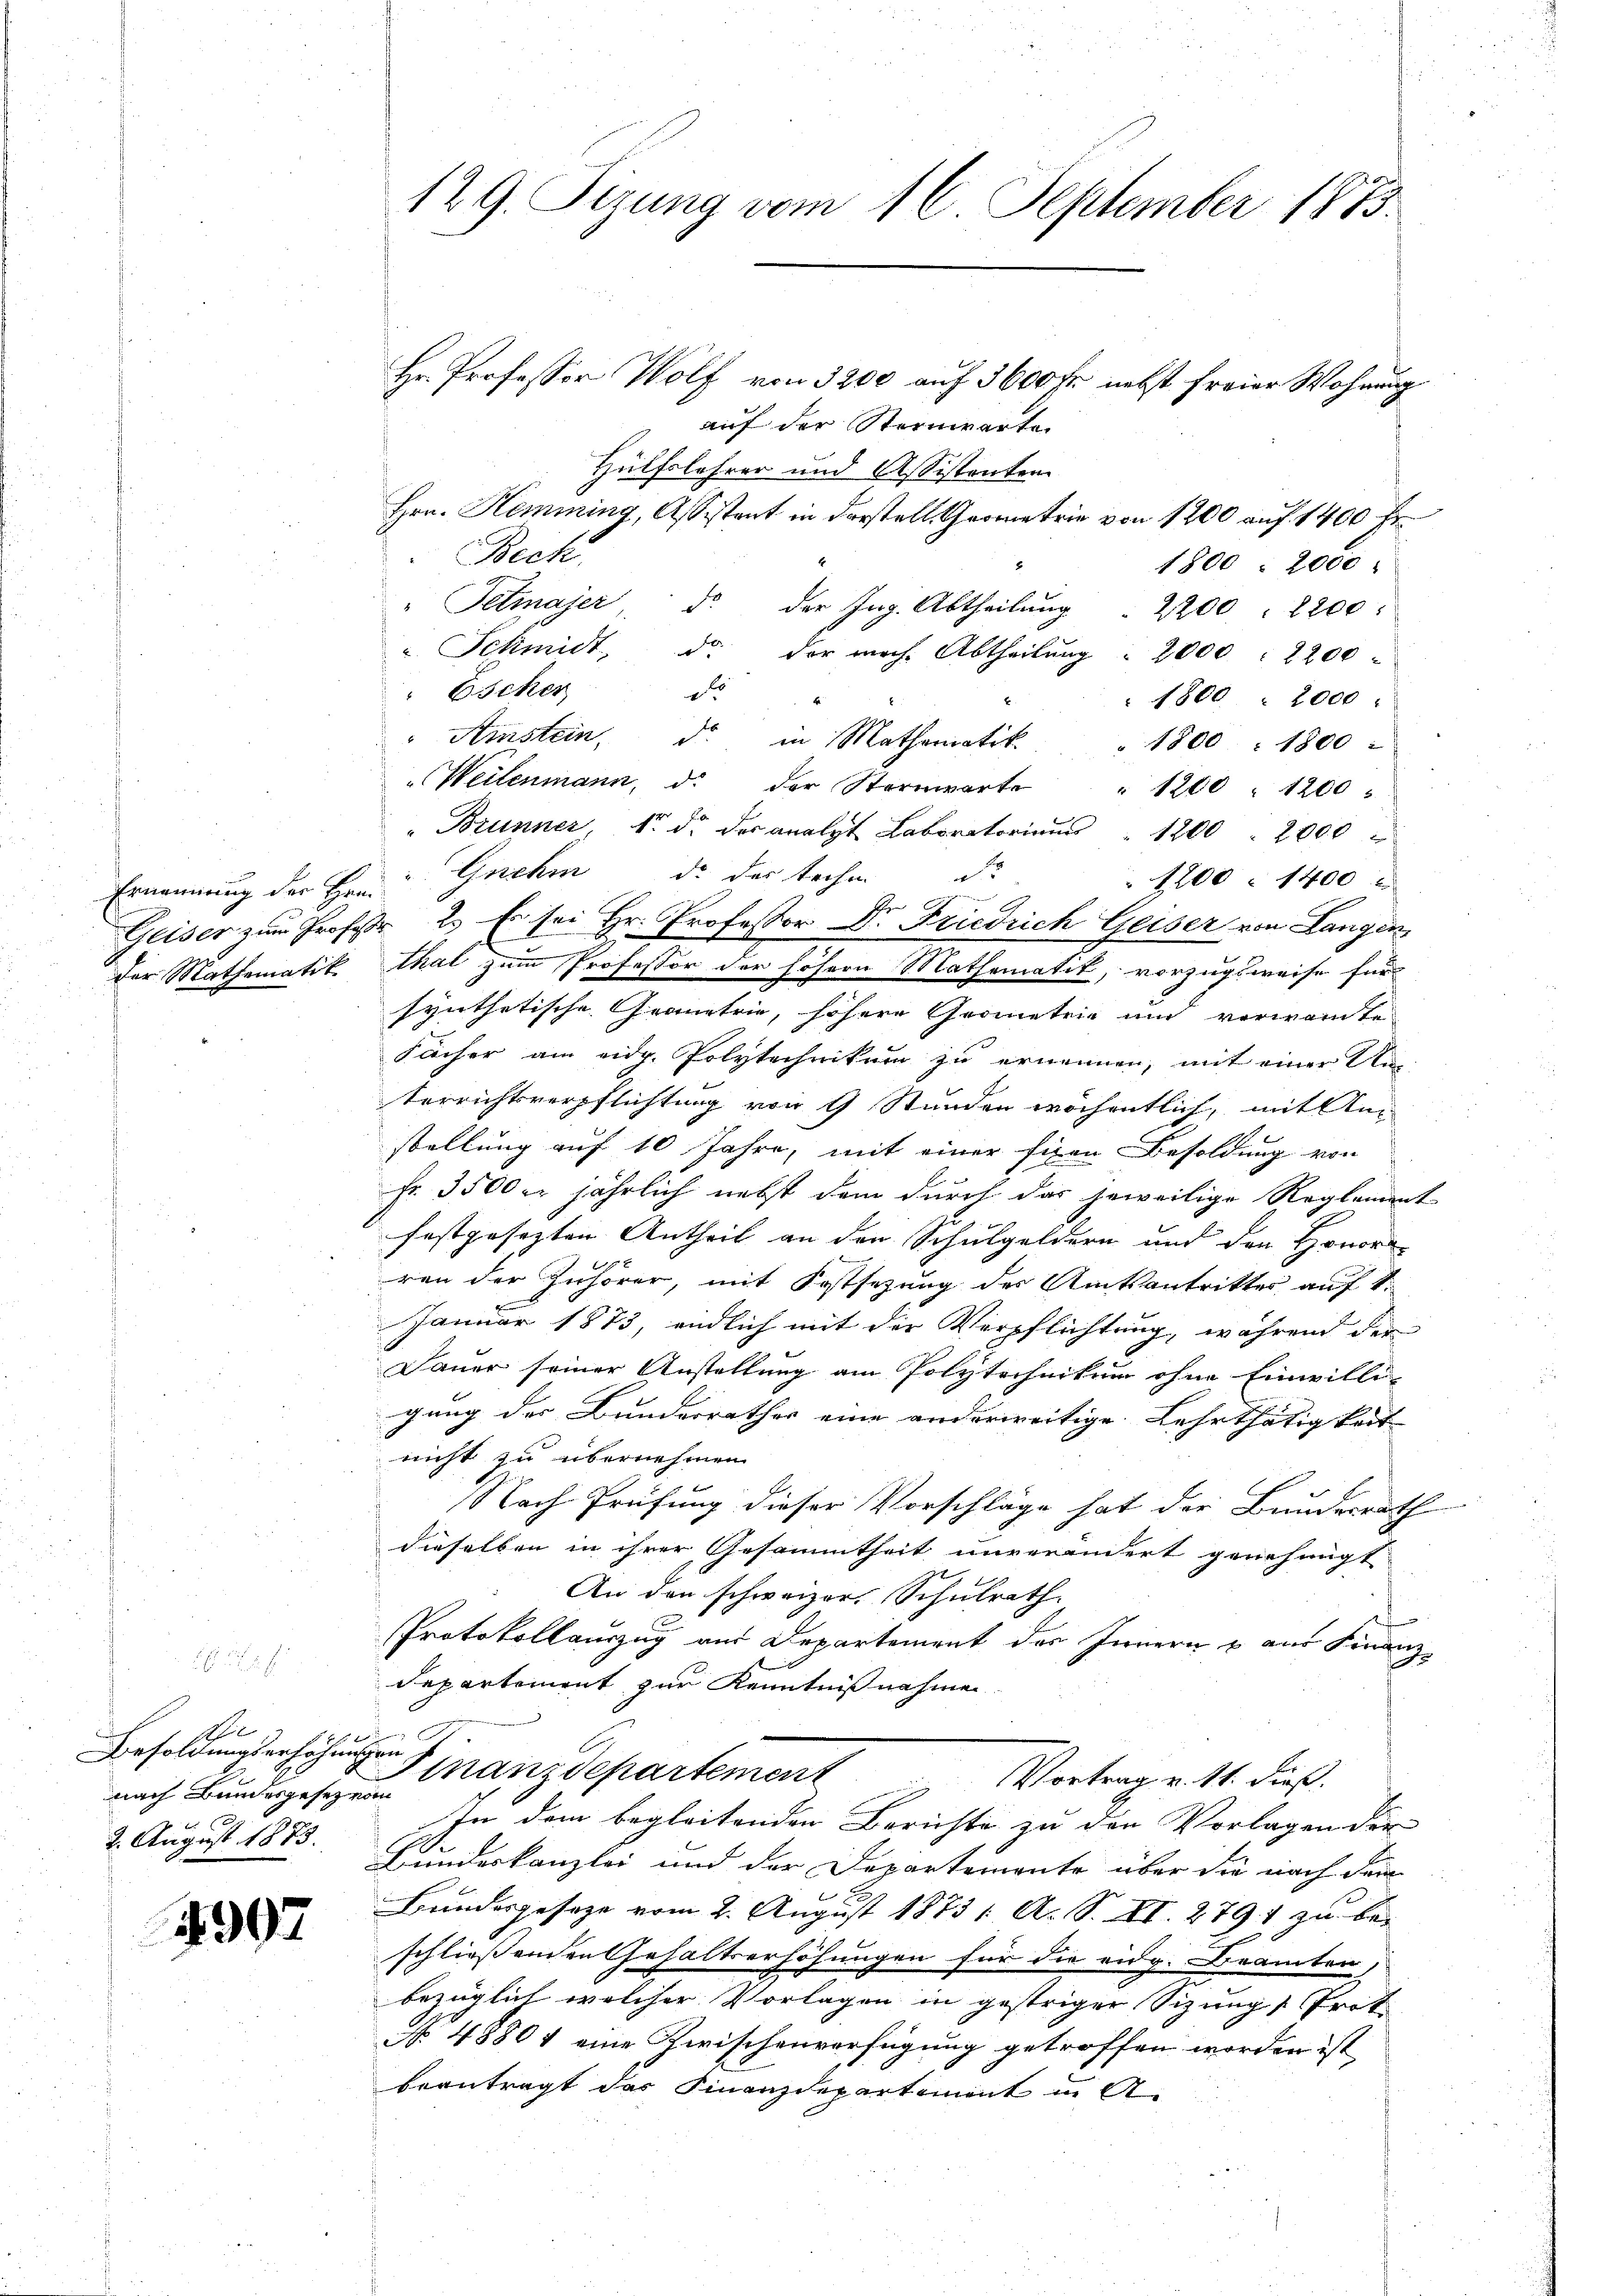
e
Besoldungserhöhungen
nach Bundesgesetz von
2. August 1883.

4907

Hr. Professor Wolf von 3200 auf 3600 fr. nebst freier Wohnung
auf der Steinwarte
Hülfslehrer und Assistenten
Hrn. Hemming, Assistent in darstell. Geometrie von 1200 auf 1400 Fr.
Beck.
1800. 2000
" Petiajer, d. der Ing. Abtheilŭng  2200 " 2200
" Schmidt, da der mache Abtheilŭng " 2000 : 2200
Escher
x
1800. 2000 :
" Arnstein, d. in Mathematik " 1800 : 1800
"Weilenmann, d. der Sternwarte " 1200 " 1200
r
" Brunner, 1. d. des analyt Laboratoriums " 1200. 2000

1200. 1400
Ernennung der Herz! Gnehm de der techen
i
e
Geiser zum Profer 2.) Es sei Hr. Professor Dr. Friedrich Geiser von Langen
x
der Mathematik. Thal zum Professor der höhern Mathematik, vorzugsweise für
synthetische Gränetrie, höhere Geometrie und verwarte
Fächer am eidg. Polytechnikum zu ernennen, mit einer Unterrichtsverpflichtung von 9 Stunden wöchentlich, mit An
stellung auf 10 Jahre, mit einer fixen Besoldung von
Fr. 3500 er jährlich nebst dem durch das jeweilige Reglement
festgesetzten Antheil an den Schulgeldern und den Honora
ren der Zuhörer, mit Festsezung des Amtsantritter auf 1.
Januar 1873, endlich mit der Verpflichtung, während der
Dauer seiner Anstellung am Polytechnikum ohne Einwilli-
gung der Bunderrathes eine anderweitige Lehrthätigkeit
nicht zu übernehmen.
Nach Prüfung dieser Vorschläge hat der Bundesrath
dieselben in ihrer Gesammtheit unverändert genehmigt
An den schweizer, Schulrath.
Protokollauszug aus Departement des Innern u aus Finanz-
departement zur Kenntnißnahmen.
f 0 x
Finanzdepartement Vortrag v. 11. dieß.
In dem begleitenden Berichte zu den Vorlagen der
Bundeskanzlei und der Departemente über die nach dem
Bundesgesage vom 2. August 1873 1. A. S. XI. 2791 zu bei
schließenden Gehaltserhöhungen für die eidg. Beamten,
bezüglich welcher Vorlagen in gestriger Sizung Prot
No. 48801 eine Zwischenverfügung getroffen worden ist, |
beantragt das Finanzdepartement in A

129. Sizung vom 16. September 1873.